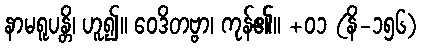
နာမရူပန္တိ၊ ဟူ၍။ ဝေဒိတဗ္ဗာ၊ ကုန်၏။ +၀၁ (နိ-၁၅၆)